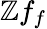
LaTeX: \mathbb{Z}f_{f}